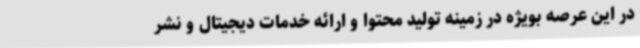
در این عرصه بویژه در زمینه تولید محتوا و ارائه خدمات دیجیتال و نشر